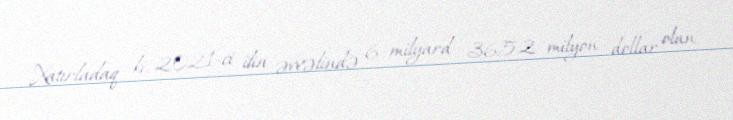
Xatırladaq ki, 2021-ci ilin əvvəlində 6 milyard 365.2 milyon dollar olan